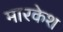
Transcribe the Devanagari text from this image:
मारकेश